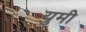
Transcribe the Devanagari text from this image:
युमी